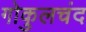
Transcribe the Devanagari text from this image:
गोकुलचंद